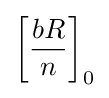
\left[{\frac {bR}{n}}\right]_{0}